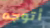
أتوجه